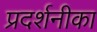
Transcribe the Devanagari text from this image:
प्रदर्शनीका